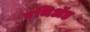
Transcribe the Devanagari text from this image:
एथिॲड